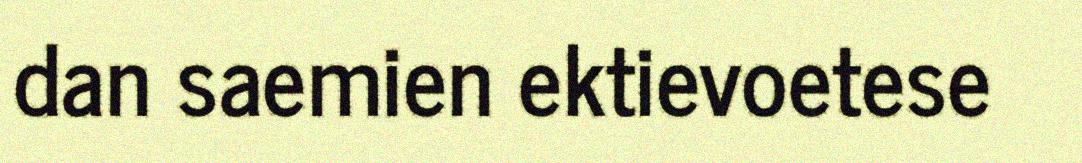
dan saemien ektievoetese